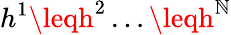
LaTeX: h^{1}\leqh^{2}\dots\leqh^{\mathbb{N}}